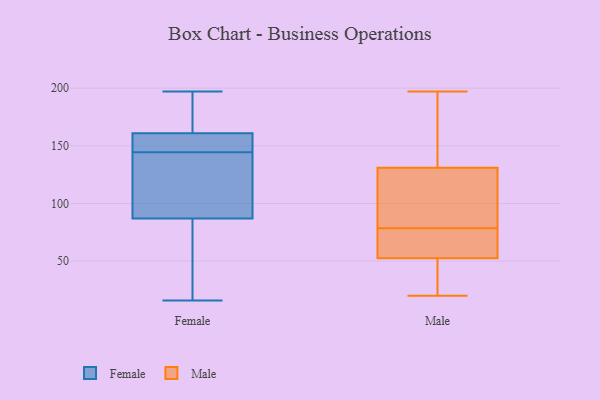
{"axis": {"x": "Energy Usage (MWh)", "y": "Value"}, "legend": ["Female", "Male"], "data": [{"x": "", "y": 16, "type": "Female"}, {"x": "", "y": 65, "type": "Female"}, {"x": "", "y": 156, "type": "Female"}, {"x": "", "y": 98, "type": "Female"}, {"x": "", "y": 192, "type": "Female"}, {"x": "", "y": 161, "type": "Female"}, {"x": "", "y": 141, "type": "Female"}, {"x": "", "y": 148, "type": "Female"}, {"x": "", "y": 87, "type": "Female"}, {"x": "", "y": 197, "type": "Female"}, {"x": "", "y": 150, "type": "Male"}, {"x": "", "y": 81, "type": "Male"}, {"x": "", "y": 160, "type": "Male"}, {"x": "", "y": 197, "type": "Male"}, {"x": "", "y": 80, "type": "Male"}, {"x": "", "y": 77, "type": "Male"}, {"x": "", "y": 20, "type": "Male"}, {"x": "", "y": 64, "type": "Male"}, {"x": "", "y": 29, "type": "Male"}, {"x": "", "y": 112, "type": "Male"}, {"x": "", "y": 67, "type": "Male"}, {"x": "", "y": 41, "type": "Male"}]}